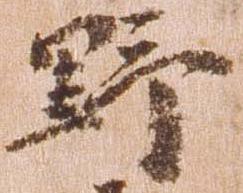
野